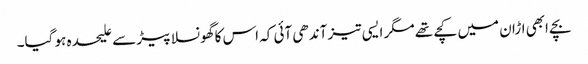
بچے ابھی اڑان میں کچے تھے مگر ایسی تیز آندھی آئی کہ اس کا گھونسلا پیڑ سے علیحدہ ہو گیا۔